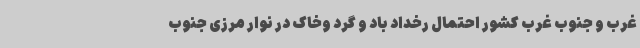
غرب و جنوب غرب کشور احتمال رخداد باد و گرد وخاک در نوار مرزی جنوب